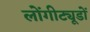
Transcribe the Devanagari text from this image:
लोंगीट्यूडों